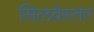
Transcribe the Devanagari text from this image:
सिलवेस्तर